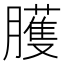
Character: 臒